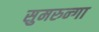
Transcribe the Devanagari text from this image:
सुमरुन्गा